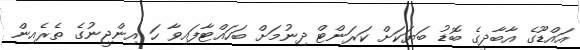
އައްޑޫގެ އާބާދީގެ ބޮޑު ބަޔަކަށް ކަރަންޓް ދިނުމަށް ބަހައްޓާފައިވާ ހަ އިންޖީނުގެ ތެރެއިން